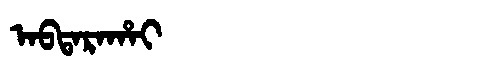
Manchu: ᠠᠪᡨᠠᡵᠠᡥᠠᡳ
Romanization: ABTARAHAI